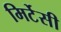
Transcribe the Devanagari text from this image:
मिर्टेसी